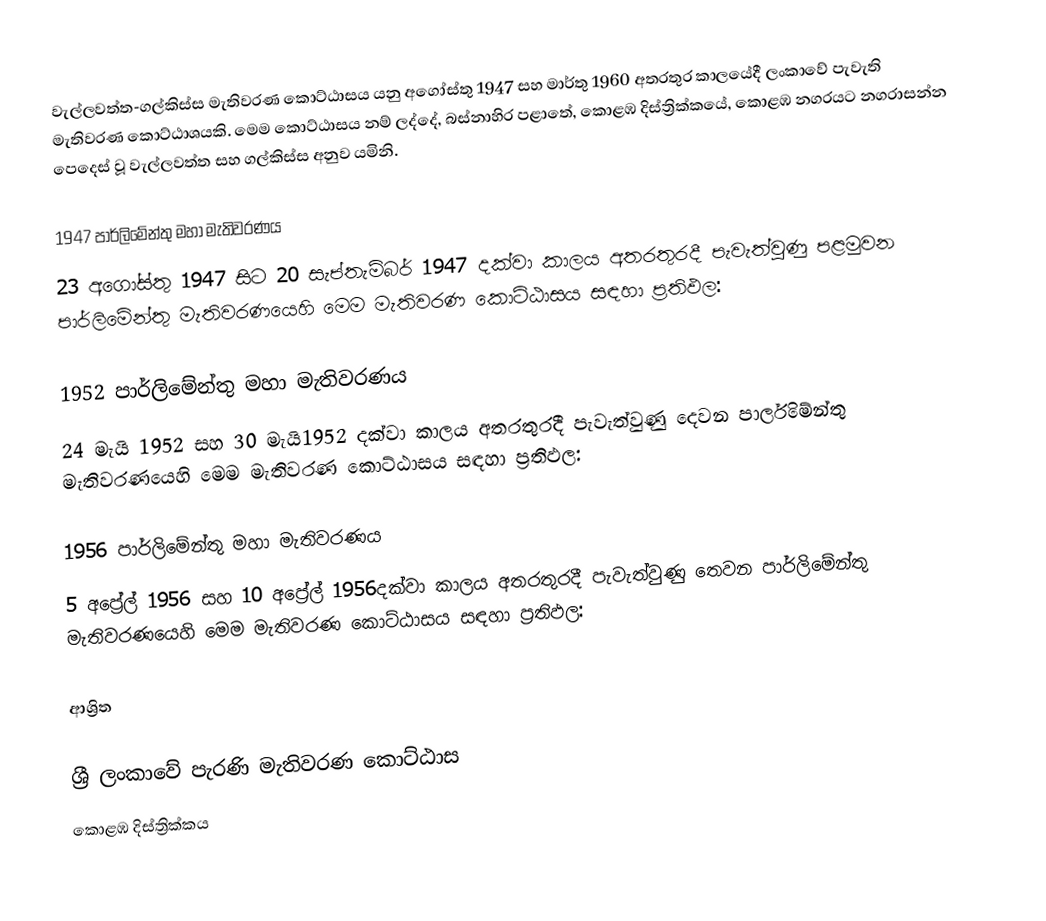
වැල්ලවත්ත-ගල්කිස්ස මැතිවරණ කොට්ඨාසය යනු  අගෝස්තු 1947 සහ මාර්තු 1960 අතරතුර කාලයේදී ලංකාවේ පැවැති  මැතිවරණ කොට්ඨාශයකි. මෙම කොට්ඨාසය නම් ලද්දේ, බස්නාහිර පළාතේ,  කොළඹ දිස්ත්‍රික්කයේ, කොළඹ නගරයට නගරාසන්න පෙදෙස් වූ වැල්ලවත්ත සහ ගල්කිස්ස අනුව යමිනි.

1947 පාර්ලිමේන්තු මහා මැතිවරණය
23 අගෝස්තු 1947 සිට 20 සැප්තැම්බර් 1947 දක්වා කාලය අතරතුරදී පැවැත්වුණු  පළමුවන පාර්ලිමේන්තු මැතිවරණයෙහි මෙම මැතිවරණ කොට්ඨාසය සඳහා ප්‍රතිඵල:

1952 පාර්ලිමේන්තු මහා මැතිවරණය
24 මැයි 1952 සහ 30 මැයි1952 දක්වා කාලය අතරතුරදී පැවැත්වුණු  දෙවන පාර්ලිමේන්තු මැතිවරණයෙහි මෙම මැතිවරණ කොට්ඨාසය සඳහා ප්‍රතිඵල:

1956 පාර්ලිමේන්තු මහා මැතිවරණය
5 අප්‍රේල් 1956 සහ 10 අප්‍රේල් 1956දක්වා කාලය අතරතුරදී පැවැත්වුණු  තෙවන පාර්ලිමේන්තු මැතිවරණයෙහි මෙම මැතිවරණ කොට්ඨාසය සඳහා ප්‍රතිඵල:

ආශ්‍රිත

 ශ්‍රී ලංකාවේ පැරණි මැතිවරණ කොට්ඨාස
කොළඹ දිස්ත්‍රික්කය